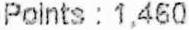
POINTS : 1,460